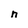
Character: n